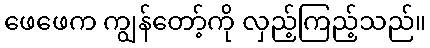
ဖေဖေက ကျွန်တော့်ကို လှည့်ကြည့်သည်။